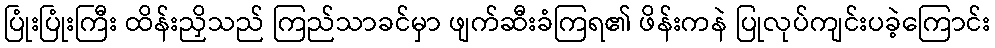
ပြုံးပြုံးကြီး ထိန်းညှိသည် ကြည်သာခင်မှာ ဖျက်ဆီးခံကြရ၏ ဖိန်းကနဲ ပြုလုပ်ကျင်းပခဲ့ကြောင်း